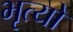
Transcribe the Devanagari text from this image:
भृत्यो